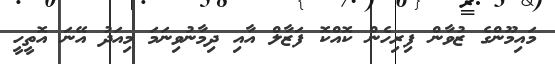
މައިމޫންގެ ޒުވާން ފިރިހެން ކޮއްކޮ ފަޒާލް އާއި ދިމާނުވިނަމަ މިއަދު އޭނަ އޮތީހީ